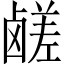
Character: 鹾